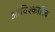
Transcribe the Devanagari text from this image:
आविश्कारिक